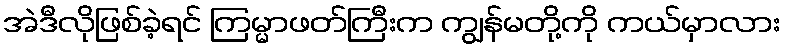
အဲဒီလိုဖြစ်ခဲ့ရင် ကြမ္မာဖတ်ကြီးက ကျွန်မတို့ကို ကယ်မှာလား